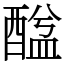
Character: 䤈